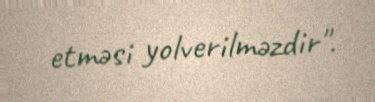
etməsi yolverilməzdir".